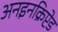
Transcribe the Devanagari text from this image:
अनइनक्रिप्टेड